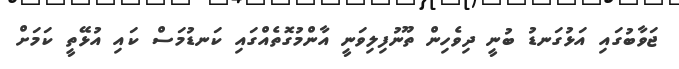
ޖަވާބުގައި އަޅުގަނޑު ބުނީ ދިވެހިން ތޫނުފިލިވަނީ އާންމުގޮތެއްގައި ކަނޑުމަސް ކައި އުޅޭތީ ކަމަށް